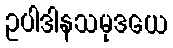
ဥပါဒါနသမုဒယေ